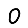
Digit: 0